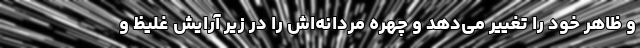
و ظاهر خود را تغییر می‌دهد و چهره مردانه‌اش را در زیر آرایش غلیظ و